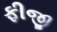
ફીજી